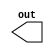
module Clock_Module(out);
output out;
reg    out;
                        
initial begin
        out = 1'b1;
end

always
begin
        out = #10 ~out;
end
endmodule